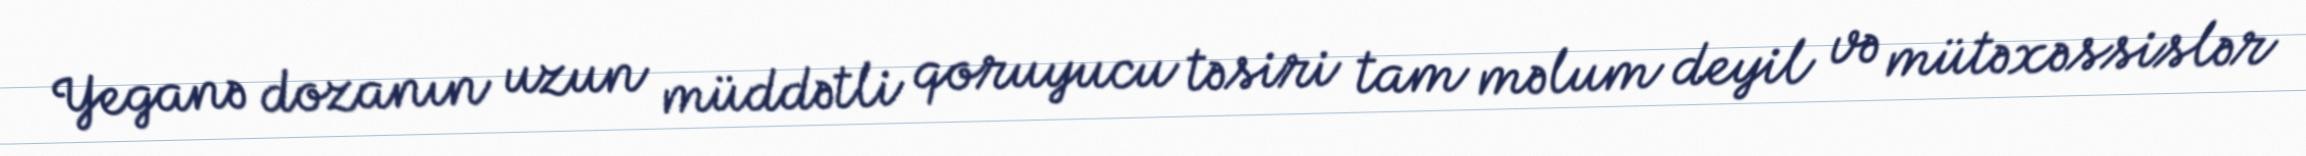
Yeganə dozanın uzun müddətli qoruyucu təsiri tam məlum deyil və mütəxəssislər